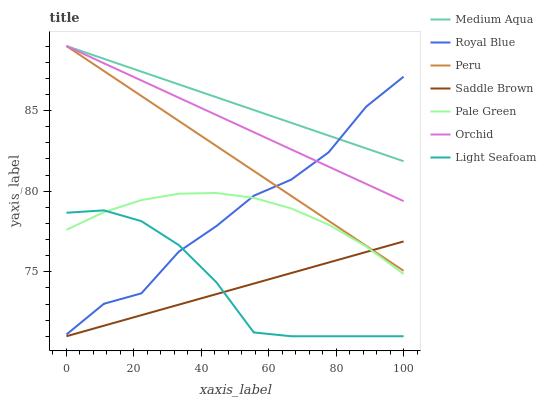
| xaxis_label | Medium Aqua | Royal Blue | Peru | Saddle Brown | Pale Green | Orchid | Light Seafoam |
 | --- | --- | --- | --- | --- | --- | --- | --- |
 | 0 | 89 | 71.1 | 89 | 71 | 77.6 | 89 | 78.7 |
 | 11.1 | 88.2 | 73 | 87.5 | 71.7 | 78.7 | 87.9 | 78.8 |
 | 22.2 | 87.4 | 73.7 | 85.9 | 72.3 | 79.4 | 86.9 | 78.1 |
 | 33.3 | 86.6 | 76.2 | 84.4 | 73 | 79.8 | 85.8 | 76.7 |
 | 44.4 | 85.8 | 77.8 | 82.8 | 73.6 | 79.9 | 84.7 | 74.4 |
 | 55.6 | 85 | 79.7 | 81.3 | 74.3 | 79.6 | 83.7 | 71.2 |
 | 66.7 | 84.2 | 80.7 | 79.7 | 74.9 | 78.9 | 82.6 | 71 |
 | 77.8 | 83.4 | 82.4 | 78.2 | 75.6 | 77.9 | 81.5 | 71 |
 | 88.9 | 82.7 | 85.2 | 76.6 | 76.2 | 76.6 | 80.4 | 71 |
 | 100 | 81.9 | 87.1 | 75.1 | 76.9 | 74.9 | 79.4 | 71 |